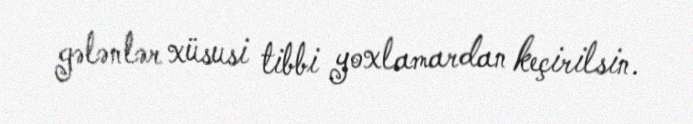
gələnlər xüsusi tibbi yoxlamardan keçirilsin.